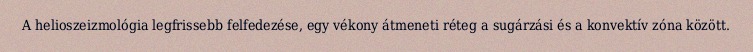
A helioszeizmológia legfrissebb felfedezése, egy vékony átmeneti réteg a sugárzási és a konvektív zóna között.